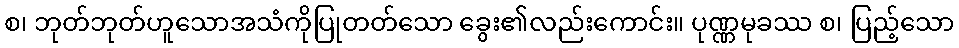
စ၊ ဘုတ်ဘုတ်ဟူသောအသံကိုပြုတတ်သော ခွေး၏လည်းကောင်း။ ပုဏ္ဏမုခဿ စ၊ ပြည့်သော